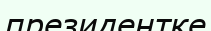
президентке